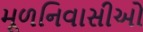
મૂળનિવાસીઓ